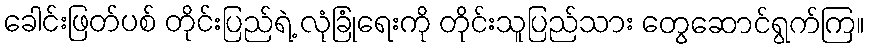
ခေါင်းဖြတ်ပစ် တိုင်းပြည်ရဲ့ လုံခြုံရေးကို တိုင်းသူပြည်သား တွေဆောင်ရွက်ကြ။